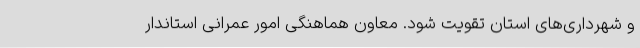
و شهرداری‌های استان تقویت شود. معاون هماهنگی امور عمرانی استاندار